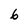
Character: 6